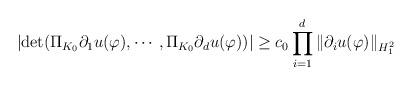
LaTeX: \begin{align*}\left | \det (\Pi_{K_0}\partial_1 u (\varphi),\cdots,\Pi_{K_0}\partial_d u (\varphi)) \right |\geq c_0\prod_{i=1}^d\Vert \partial_i u(\varphi)\Vert_{H_1^2}\end{align*}